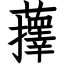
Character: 蘀